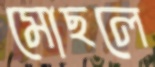
মোছলে